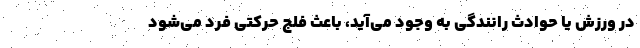
در ورزش یا حوادث رانندگی به وجود می‌آید، باعث فلج حرکتی فرد می‌شود